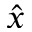
\hat { x }